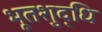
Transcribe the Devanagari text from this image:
भूतशुद्धि